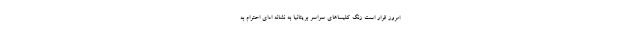
امروز قرار است زنگ کلیساهای سراسر بریتانیا به نشانه ادای احترام به